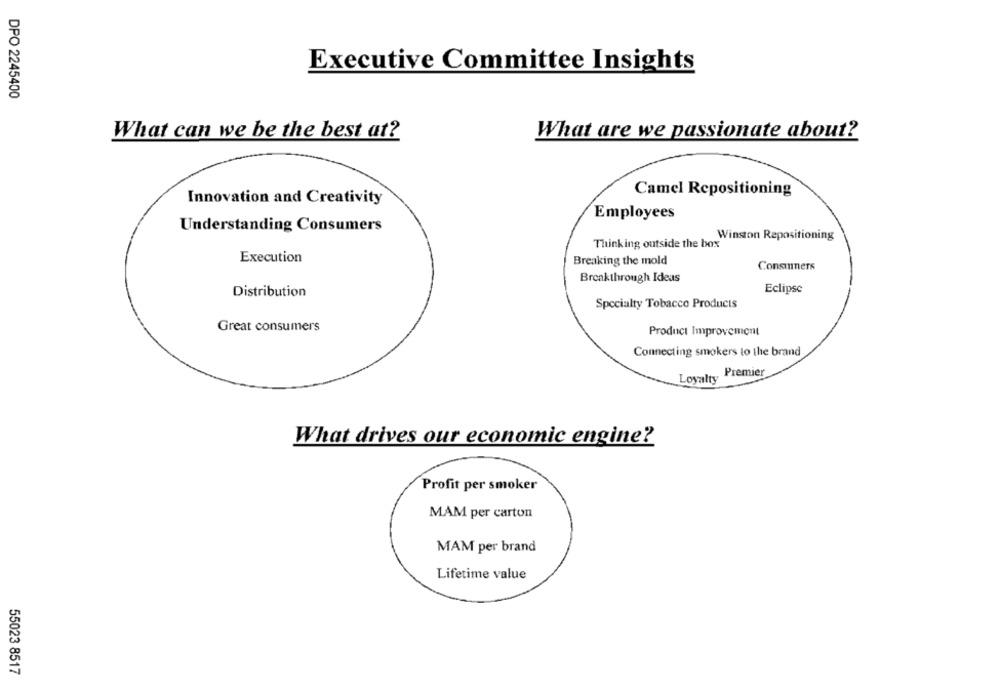
Executive Committee Insights
DPO 2245400
What can we be the best at?
What are we passionate about?
Camel Repositioning
Innovation and Creativity
Employees
Understanding Consumers
Winston Repositioning
Thinking outside the box
Execution
Breaking the mold
Consumers
Breakthrough Ideas
Eclipse
Distribution
Specialty Tobacco Products
Great consumers
Product Improvement
Connecting smokers to the brand
Premier
Loyalty
What drives our economic engine?
Profit per smoker
MAM per carton
MAM per brand
Lifetime value
55023 8517